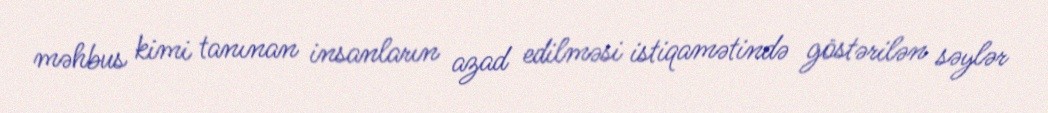
məhbus kimi tanınan insanların azad edilməsi istiqamətində göstərilən səylər